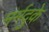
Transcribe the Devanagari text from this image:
मर्मदुके